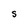
Character: S